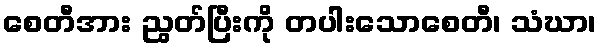
စေတီအား ညွတ်ပြီးကို တပါးသောစေတီ၊ သံဃာ၊